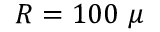
R = 1 0 0 ~ \mu